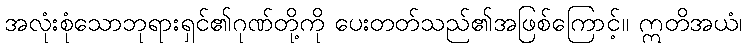
အလုံးစုံသောဘုရားရှင်၏ဂုဏ်တို့ကို ပေးတတ်သည်၏အဖြစ်ကြောင့်။ ဣတိအယံ၊